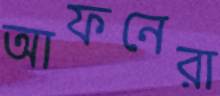
আফনেরা